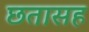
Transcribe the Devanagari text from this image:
छतासह